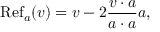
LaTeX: \operatorname { R e f } _ { a } ( v ) = v - 2 { \frac { v \cdot a } { a \cdot a } } a ,